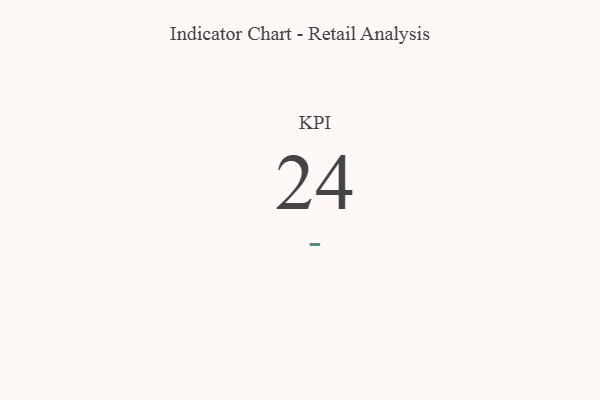
{"axis": {"x": "KPI", "y": "Value"}, "legend": [""], "data": [{"x": "KPI", "y": 24, "type": ""}]}